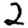
Digit: 2